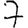
Digit: 7